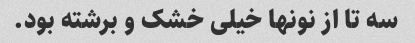
سه تا از نونها خیلی خشک و برشته بود.